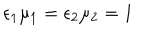
LaTeX: \epsilon _ { 1 } \mu _ { 1 } = \epsilon _ { 2 } \mu _ { 2 } = 1